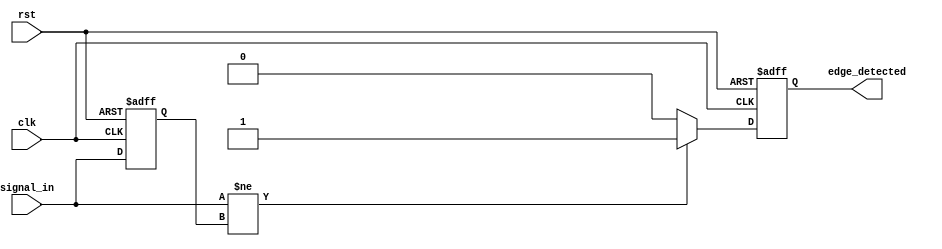
module edge_detector (
    input wire clk,               // Clock signal
    input wire rst,               // Reset signal
    input wire signal_in,         // Input signal
    output reg edge_detected      // Output signal indicating edge detection
);

// Memory to store the previous state of the input signal
reg previous_state;

// Edge detection logic
always @(posedge clk or posedge rst) begin
    if (rst) begin
        // Initialize previous state to low on reset
        previous_state <= 1'b0;
        edge_detected <= 1'b0; // Ensure output is low on reset
    end else begin
        // Compare current state with the previous state
        if (signal_in != previous_state) begin
            // An edge is detected
            edge_detected <= 1'b1; // Set output high for one clock cycle
        end else begin
            edge_detected <= 1'b0; // No edge, output is low
        end
        
        // Update the previous state for the next clock cycle
        previous_state <= signal_in;
    end
end

endmodule